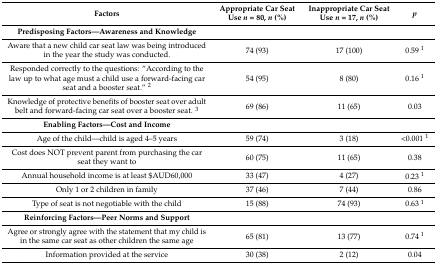
<table><thead><tr><td><b>Factors</b></td><td><b>Appropriate Car Seat Use <i>n</i> = 80, <i>n</i> (%)</b></td><td><b>Inappropriate Car Seat Use <i>n</i> = 17, <i>n</i> (%)</b></td><td><b><i>p</i></b></td></tr></thead><tbody><tr><td><b>Predisposing Factors—Awareness and Knowledge</b></td><td></td><td></td><td></td></tr><tr><td>Aware that a new child car seat law was being introduced in the year the study was conducted.</td><td>74 (93)</td><td>17 (100)</td><td>0.59 <sup>1</sup></td></tr><tr><td>Responded correctly to the questions: “According to the law up to what age must a child use a forward-facing car seat and a booster seat.” <sup>2</sup></td><td>54 (95)</td><td>8 (80)</td><td>0.16 <sup>1</sup></td></tr><tr><td>Knowledge of protective benefits of booster seat over adult belt and forward-facing car seat over a booster seat. <sup>3</sup></td><td>69 (86)</td><td>11 (65)</td><td>0.03</td></tr><tr><td><b>Enabling Factors—Cost and Income</b></td><td></td><td></td><td></td></tr><tr><td>Age of the child—child is aged 4–5 years</td><td>59 (74)</td><td>3 (18)</td><td>&lt;0.001 <sup>1</sup></td></tr><tr><td>Cost does NOT prevent parent from purchasing the car seat they want to</td><td>60 (75)</td><td>11 (65)</td><td>0.38</td></tr><tr><td>Annual household income is at least $AUD60,000</td><td>33 (47)</td><td>4 (27)</td><td>0.23 <sup>1</sup></td></tr><tr><td>Only 1 or 2 children in family</td><td>37 (46)</td><td>7 (44)</td><td>0.86</td></tr><tr><td>Type of seat is not negotiable with the child</td><td>15 (88)</td><td>74 (93)</td><td>0.63 <sup>1</sup></td></tr><tr><td><b>Reinforcing Factors—Peer Norms and Support</b></td><td></td><td></td><td></td></tr><tr><td>Agree or strongly agree with the statement that my child is in the same car seat as other children the same age</td><td>65 (81)</td><td>13 (77)</td><td>0.74 <sup>1</sup></td></tr><tr><td>Information provided at the service</td><td>30 (38)</td><td>2 (12)</td><td>0.04</td></tr></tbody></table>